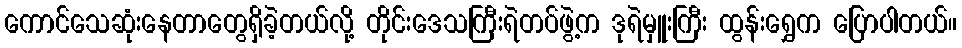
ကောင်သေဆုံးနေတာတွေရှိခဲ့တယ်လို့ တိုင်းဒေသကြီးရဲတပ်ဖွဲ့က ဒုရဲမှူးကြီး ထွန်းရွှေက ပြောပါတယ်။